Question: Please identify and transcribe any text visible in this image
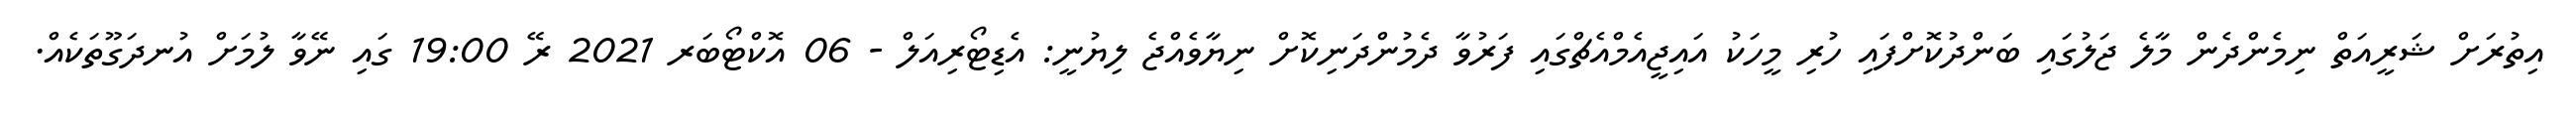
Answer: އިތުރަށް ޝަރީއަތް ނިމެންދެން މާލެ ޖަލުގައި ބަންދުކޮށްފައި ހުރި މީހަކު އައިޖީއެމްއެޗްގައި ފަރުވާ ދެމުންދަނިކޮށް ނިޔާވެއްޖެ ލިޔުނީ: އެޑިޓޯރިއަލް - 06 އޮކްޓޯބަރ 2021 ރޭ 19:00 ގައި ނޭވާ ލުމަށް އުނދަގޫތަކެއް.